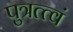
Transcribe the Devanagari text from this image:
पुत्रत्त्वं